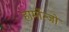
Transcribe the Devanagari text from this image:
हार्मोन्जो